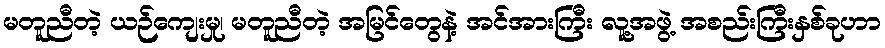
မတူညီတဲ့ ယဉ်ကျေးမှု၊ မတူညီတဲ့ အမြင်တွေနဲ့ အင်အားကြီး လူ့အဖွဲ့ အစည်းကြီးနှစ်ခုဟာ